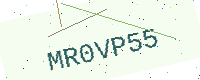
Text: MR0VP55